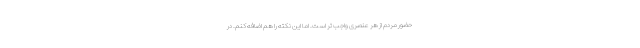
حضور مردم از هر عنصری واجب تر است. اما این نکته را هم اضافه کنم. در